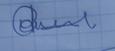
Signature authenticity: genuine